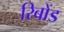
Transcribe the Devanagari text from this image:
रिबोंड